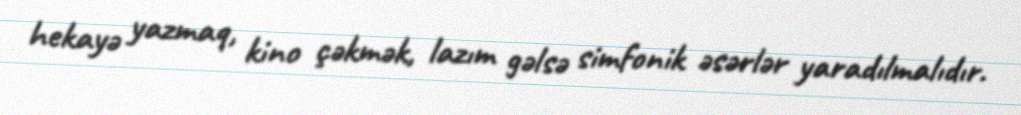
hekayə yazmaq, kino çəkmək, lazım gəlsə simfonik əsərlər yaradılmalıdır.